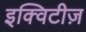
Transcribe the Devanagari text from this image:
इक्विटीज़